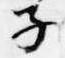
子